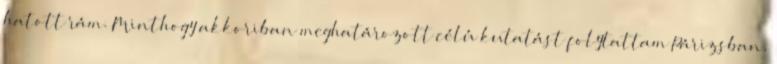
hatott rám. Minthogy akkoriban meghatározott célú kutatást folytattam Párizsban,